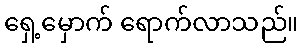
ရှေ့မှောက် ရောက်လာသည်။